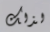
لذلك